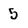
Character: 5